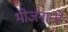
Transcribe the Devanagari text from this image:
भोजनान्ते